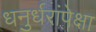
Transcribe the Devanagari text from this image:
धनुर्धरांपेक्षा